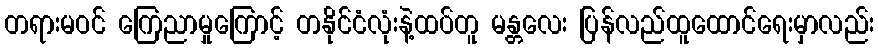
တရားမဝင် ကြေညာမှုကြောင့် တနိုင်ငံလုံးနဲ့ထပ်တူ မန္တလေး ပြန်လည်ထူထောင်ရေးမှာလည်း